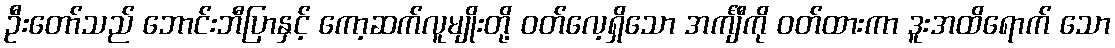
ဦးတော်သည် ဘောင်းဘီပြာနှင့် ကော့ဆက်လူမျိုးတို့ ဝတ်လေ့ရှိသော အင်္ကျီကို ဝတ်ထားကာ ဒူးအထိရောက် သော